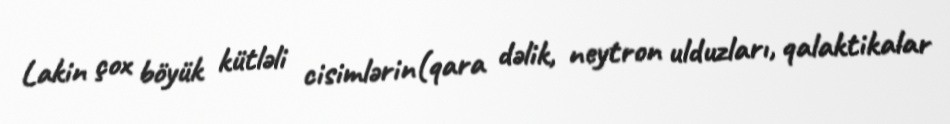
Lakin çox böyük kütləli cisimlərin(qara dəlik, neytron ulduzları, qalaktikalar